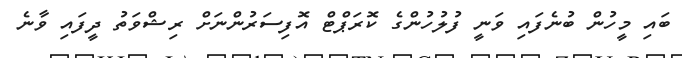
ބައި މީހުން ބުނެފައި ވަނީ ފުލުހުންގެ ކޮރަޕްޓް އޮފިސަރުންނަށް ރިޝްވަތު ދީފައި ވާނެ